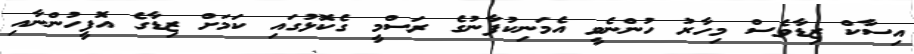
އިސާކް ޒިޑާވެސް މިހާރު ހުންނެވީ އެމަނިކުފާނުގެ ރަސްމީ ގެކޮޅުގައި ކަމަށް ޒިޑާގެ އޮފީހުންނާއި